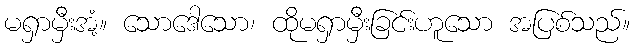
မရှာမှီးအံ့။ သောဒေါသော၊ ထိုမရှာမှီးခြင်းဟူသော အပြစ်သည်။